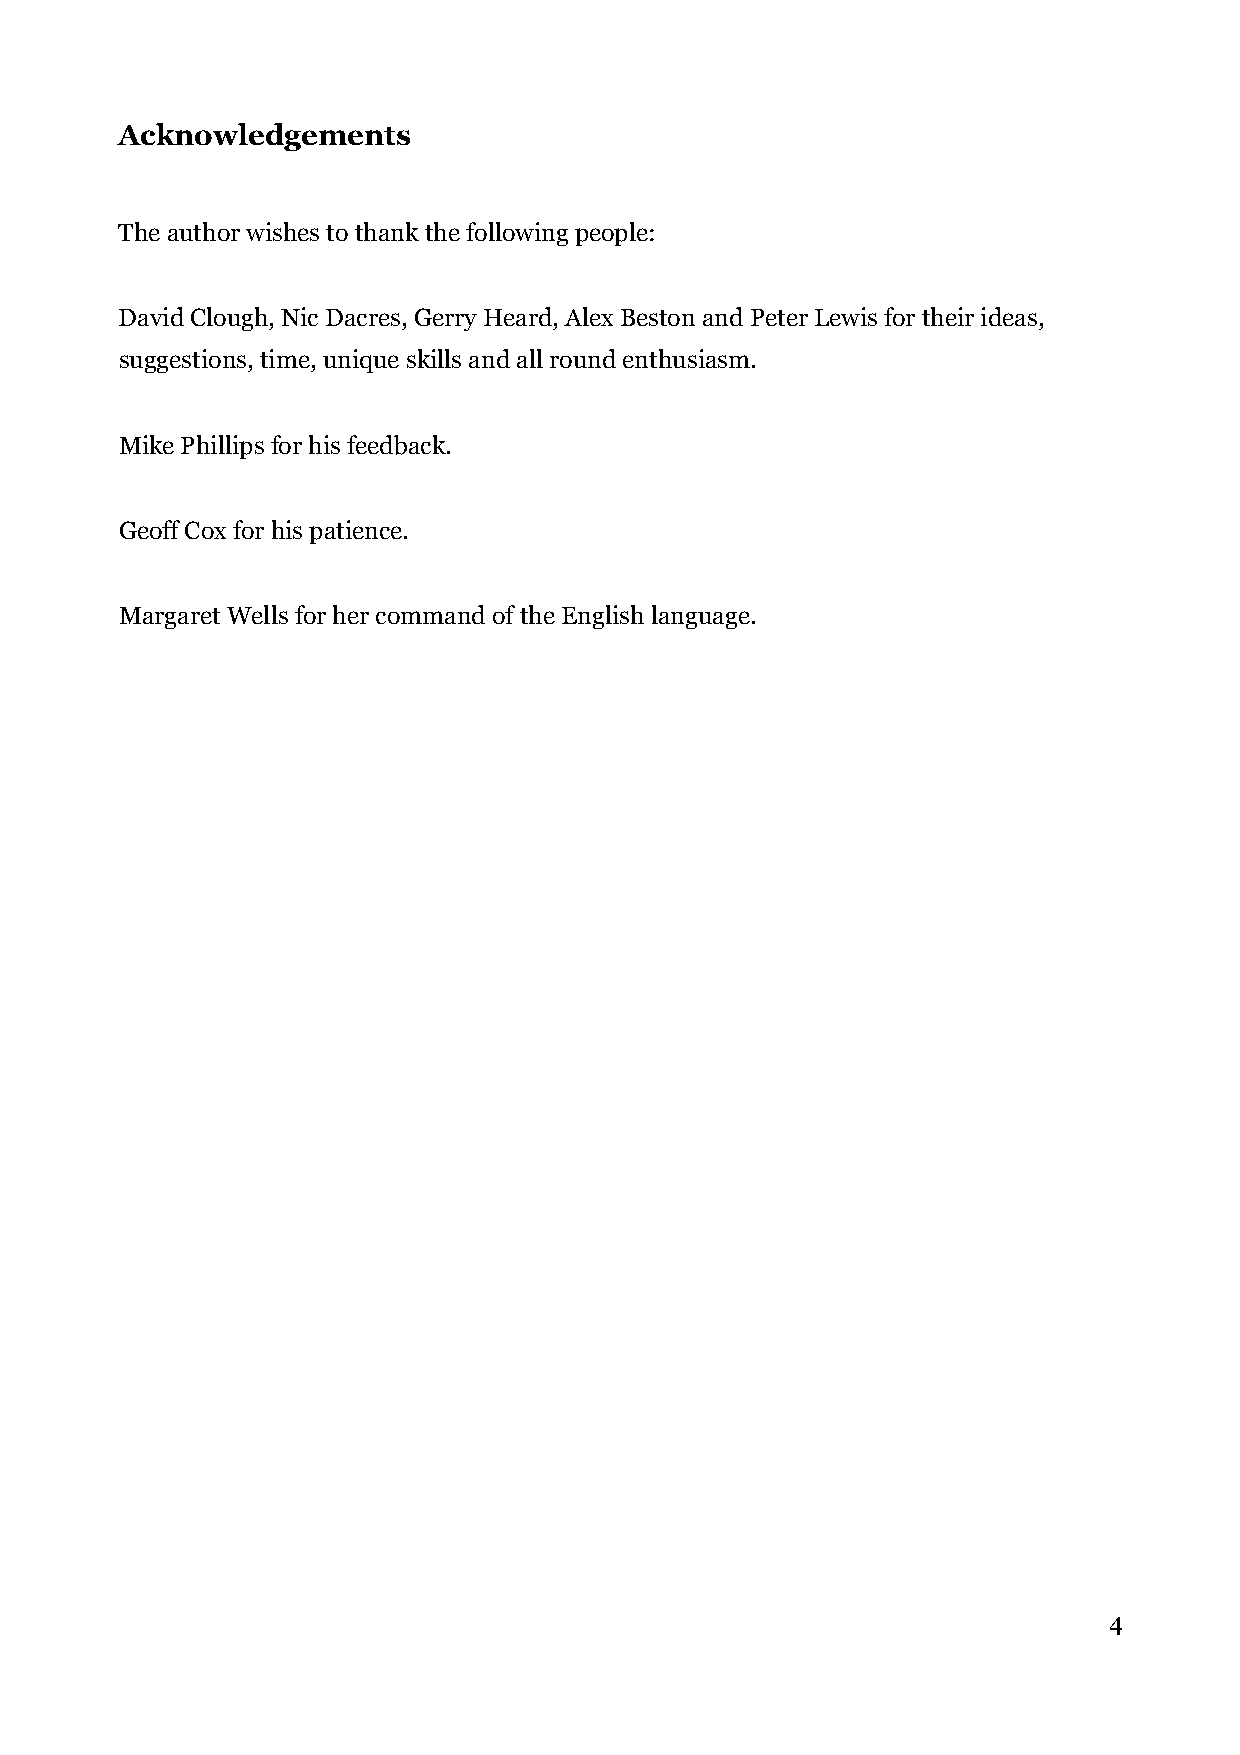
Acknowledgements
 The author wishes to thank the following people:
 David Clough, Nic Dacres, Gerry Heard, Alex Beston and Peter Lewis for their ideas,
 suggestions, time, unique skills and all round enthusiasm.
 Mike Phillips for his feedback.
 Geoff Cox for his patience.
 Margaret Wells for her command of the English language.
 4